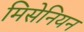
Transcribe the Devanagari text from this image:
मिसेनियन